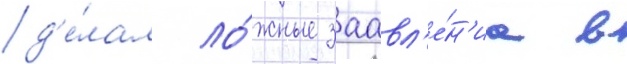
д'е́лал ло́жные заавл'е́н'иа в